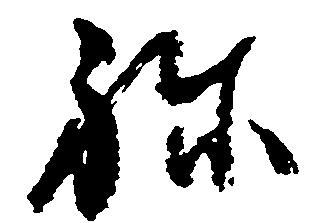
ね